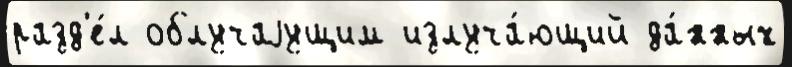
разд'е́л облучаjущим излуча́ющий да́нных